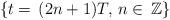
LaTeX: \begin{align*}\{t=\,(2n+1)T,\,n\in\,\mathbb{Z}\} \end{align*}